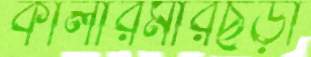
কালারমারছড়া